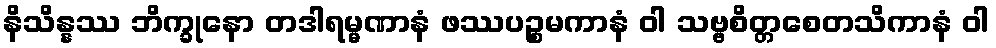
နိသိန္နဿ ဘိက္ခုနော တဒါရမ္မဏာနံ ဖဿပဉ္စမကာနံ ဝါ သဗ္ဗစိတ္တစေတသိကာနံ ဝါ